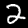
Label: 2